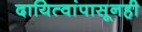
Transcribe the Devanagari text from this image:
दायित्वांपासूनही